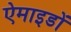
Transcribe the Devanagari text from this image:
ऐमाइडों